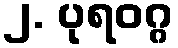
၂. ပုရဝဂ္ဂ